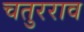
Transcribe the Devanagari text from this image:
चतुरराव